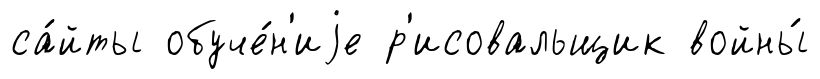
са́йты обуче́н'иjе р'исовальщик войны́